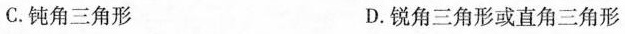
C.钝角三角形 D.锐角三角形或直角三角形